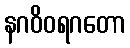
နဂဝိဝရဂတော